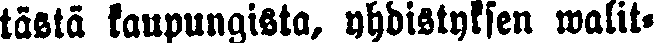
tästä kaupungista, yhdistyksen walit-